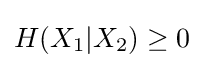
H(X_{1}|X_{2})\geq 0